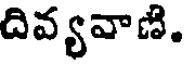
దివ్యవాణి.